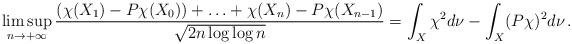
LaTeX: \begin{align*}\limsup_{n\to +\infty} \frac{(\chi(X_1)-P\chi(X_0))+\ldots +\chi(X_n)-P\chi(X_{n-1})}{\sqrt{2n\log \log n}}=\int_X\chi^2d\nu-\int_X(P\chi)^2d\nu\, .\end{align*}